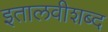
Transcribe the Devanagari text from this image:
इतालवीशब्द